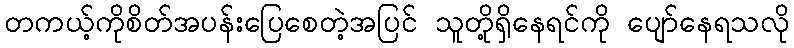
တကယ့်ကိုစိတ်အပန်းပြေစေတဲ့အပြင် သူတို့ရှိနေရင်ကို ပျော်နေရသလို